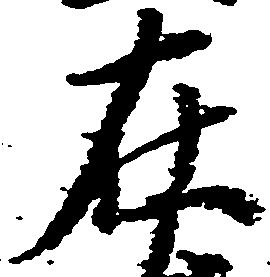
在